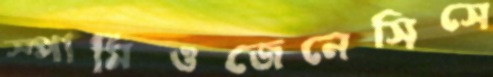
স্পার্মিওজেনেসিসে